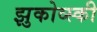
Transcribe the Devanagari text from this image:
झुकोव्स्की